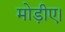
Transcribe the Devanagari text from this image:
मोड़ीए।